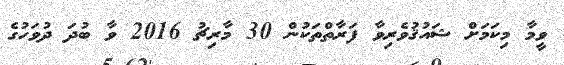
ވީމާ މިކަމަށް ޝައުޤުވެރިވާ ފަރާތްތަކުން 30 މާރިޗު 2016 ވާ ބުދަ ދުވަހުގެ